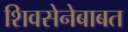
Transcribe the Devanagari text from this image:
शिवसेनेबाबत